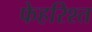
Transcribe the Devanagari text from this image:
फेहरिश्त